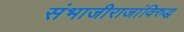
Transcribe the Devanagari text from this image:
संभाजीराजांविरुद्ध